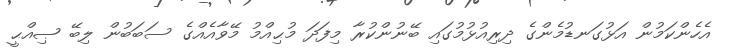
އެހެންކަމުން އަޅުގަނޑުމެންގެ ދިރިއުޅުމުގައި ބޭނުންކުރާ މިފަދަ މުޙިއްމު މޭވާއެއްގެ ސަބަބުން ލިބޭ ޞިއްޙީ